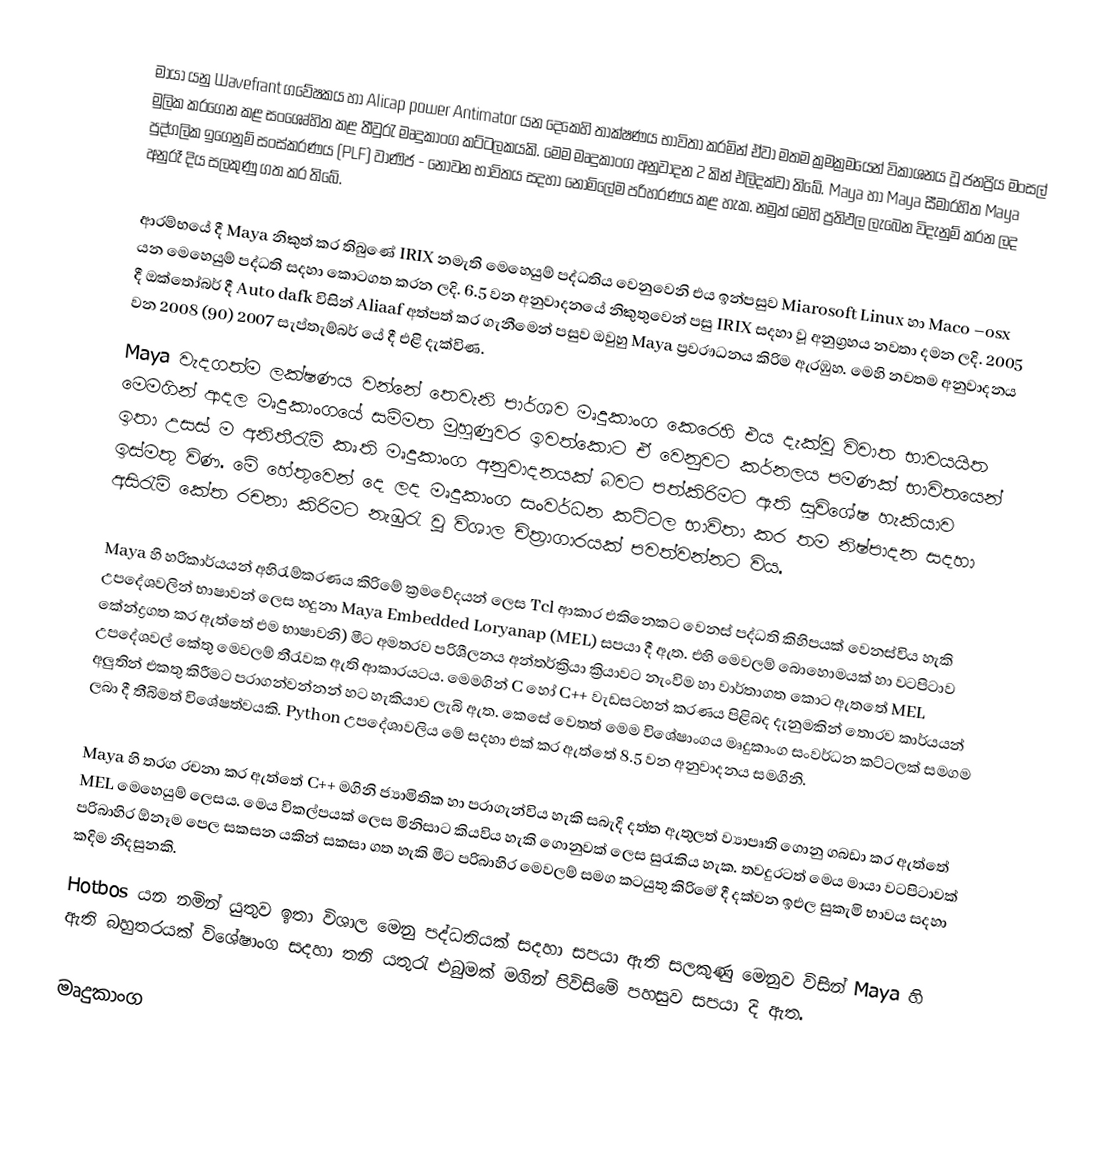
මායා යනු Wavefrant  ගවේෂකය හා  Alicap power Antimator යන දෙකෙහි තාක්ෂණය භාවිතා කරමින් ඒවා  මතම ක්‍රමක්‍රමයෙන් විකාශනය වූ  ජනප්‍රිය  මංසල් මුලික කරගෙන  කළ සංශෙෘ්හිත කළ තීවුරැ මෘදුකාංග කට්ටලකයකි.  මෙම මෘදුකාංග  අනුවාදන 2 කින් එලිදක්වා තිබේ. Maya හා  Maya සීමාරහිත Maya පුද්ගලික ඉගෙනුම් සංස්කරණය  (PLF) වාණිජ - නොවන භාවිතය සදහා  නොමිලේම පරිහරණය කළ හැක.  නමුත් මෙහි ප්‍රතිඵල  ලැබෙන විදැනුම් කරන ලද අනුරෑ දිය සලකුණු ගත කර තිබේ.

ආරම්භයේ දී Maya නිකුත් කර තිබුණේ  IRIX  නමැති  මෙහෙයුම් පද්ධතිය වෙනුවෙනි එය ඉන්පසුව  Miarosoft Linux  හා  Maco –osx  යන මෙහෙයුම් පද්ධති  සදහා කොටගත කරන ලදි. 6.5 වන අනුවාදනයේ නිකුතුවෙන්  පසු  IRIX  සදහා වූ අනුග්‍රහය නවතා දමන ලදි. 2005 දී ඔක්තෝබර් දී Auto dafk විසින් Aliaaf අත්පත් කර ගැනීමෙන් පසුව ඔවුහු Maya ප්‍රවරෟධනය කිරිම ඇරඹුහ. මෙහි නවතම අනුවාදනය  වන 2008  (90) 2007 සැප්තැම්බර් යේ දී එළි දැක්විණ.
Maya වැදගත්ම ලක්ෂණය වන්නේ තෙවැනි පාර්ශව මෘදුකාංග කෙරෙහි එය  දැක්වූ විවාත භාවයයිත මෙමගින් ආදල මෘදුකාංගයේ සම්මත මුහුණුවර ඉවත්කොට ඒ වෙනුවට කර්නලය පමණක් භාවිතයෙන් ඉතා උසස් ම අනිතීරැම් කෘති මෘදුකාංග අනුවාදනයක් බවට පත්කිරිමට ඇති සුවිශේෂ  හැකියාව ඉස්මතු විණ. මේ හේතුවෙන් දෙ ලද  මෘදුකාංග සංවර්ධන කට්ටල භාවිතා කර තම නිෂ්පාදන සදහා අසිරැම් කේත රචනා කිරිමට නැඹුරැ වූ විශාල චිත්‍රාගාරයක් පවත්වන්නට විය.

Maya හි හරිකාර්යයන් අහිරැම්කරණය කිරිමේ ක්‍රමවේදයන් ලෙස  Tcl ආකාර එකිනෙකට වෙනස් පද්ධති කිහිපයක් වෙනස්විය හැකි උපදේශවලින් භාෂාවන් ලෙස හදුනා Maya Embedded  Loryanap (MEL) සපයා දී ඇත. එහි මෙවලම් බො‍හොමයක් හා වටපිටාව කේන්ද්‍රගත කර ඇත්තේ එම භාෂාවනි) මීට අමතරව පරිශීලනය අන්තර්ක්‍රියා ක්‍රියාවට නැංවිම හා වාර්තාගත කොට  ඇතතේ MEL උපදේශවල් කේතු මෙවලම් තීරැවක ඇති ආකාරයටය. මෙමගින්  C හෝ C++ වැඩසටහන් කරණය පිළිබද දැනුමකින් තොරව කාර්යයන් අලුතින්  එකතු කිරීමට පරාගන්වන්නන් හට හැකියාව ලැබි ඇත. කෙසේ වෙතත් මෙම විශේෂාංගය  මෘදුකාංග සංවර්ධන කට්ටලක් සමගම  ලබා දී තීබිමත් විශේෂත්වයකි.  Python  උපදේශාවලිය මේ සදහා එක් කර ඇත්තේ 8.5 වන අනුවාදනය සමගිනි.

Maya හි තරග රචනා කර ඇත්‍තේ  C++ මගිනි ජ්‍යාමිතික හා  පරාගැන්විය හැකි සබැදි දත්ත ඇතුලත් ව්‍යාපෘති ගොනු ගබඩා කර ඇත්තේ  MEL   මෙහෙයුම් ලෙසය. මෙය විකල්පයක් ලෙස මිනිසාට කියවිය  හැකි ගොනුවක් ලෙස සුරැකිය හැක. තවදුරටත් මෙය  මායා වටපිටාවක් පරිබාහිර ඕනෑම පෙල සකසන යකින්  සකසා ගත හැකි  මීට පරිබාහිර මෙවලම් සමග කටයුතු කිරිම‍ේ දී දක්වන ඉඑල සුකැමි භාවය සදහා කදිම නිදසුනකි.
Hotbos   යන නමින් යුතුව ඉතා විශාල මෙනු පද්ධතියක් සදහා සපයා ඇති සලකුණු මෙනුව විසින් Maya හි ඇති බහුතරයක් විශේෂාංග සදහා තනි යතුරැ එබුමක් මගින් පිවිසිමේ පහසුව සපයා දි ඇත.

මෘදුකාංග